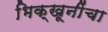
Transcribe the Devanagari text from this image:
भिक्खूनींचा